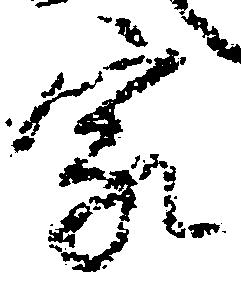
家